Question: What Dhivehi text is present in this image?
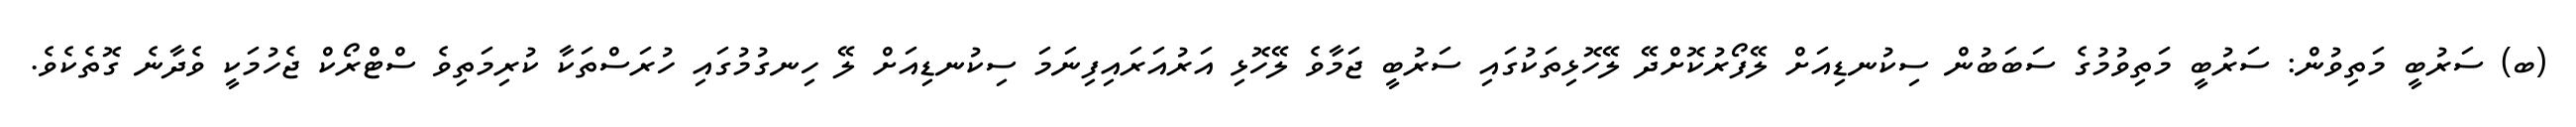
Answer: (ބ) ސަރުބީ މަތިވުން: ސަރުބީ މަތިވުމުގެ ސަބަބުން ސިކުނޑިއަށް ލޭފޯރުކޮށްދޭ ލޭހޮޅިތަކުގައި ސަރުބީ ޖަމާވެ ލޭހޮޅި އަރުއަރައިފިނަމަ ސިކުނޑިއަށް ލޭ ހިނގުމުގައި ހުރަސްތަކާ ކުރިމަތިވެ ސްޓްރޯކް ޖެހުމަކީ ވެދާނެ ގޮތެކެވެ.